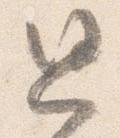
思